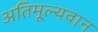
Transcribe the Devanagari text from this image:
अतिमूल्यवान